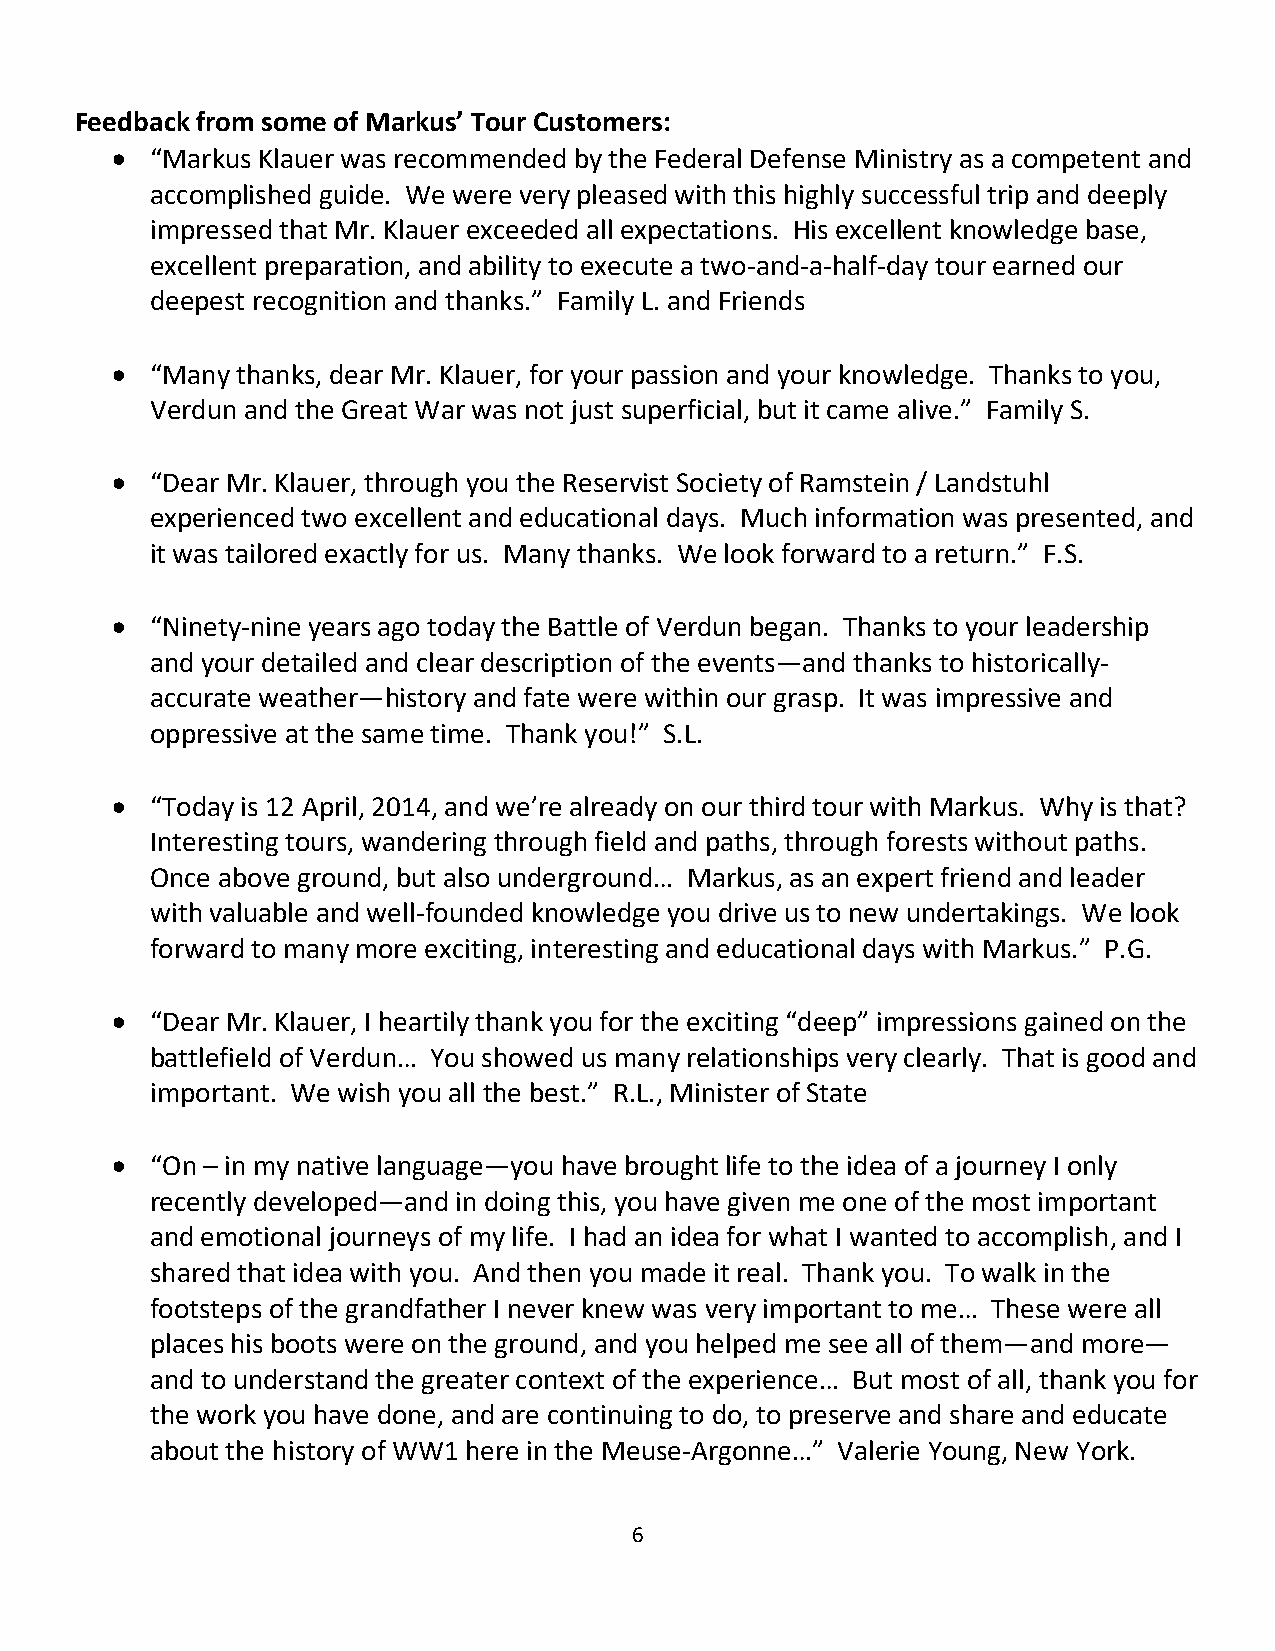
Feedback from some of Markus’ Tour Customers:
 •  “Markus Klauer was recommended by the Federal Defense Ministry as a competent and
 accomplished guide. We were very pleased with this highly successful trip and deeply
 impressed that Mr. Klauer exceeded all expectations. His excellent knowledge base,
 excellent preparation, and ability to execute a two-and-a-half-day tour earned our
 deepest recognition and thanks.” Family L. and Friends
 •  “Many thanks, dear Mr. Klauer, for your passion and your knowledge. Thanks to you,
 Verdun and the Great War was not just superficial, but it came alive.” Family S.
 •  “Dear Mr. Klauer, through you the Reservist Society of Ramstein / Landstuhl
 experienced two excellent and educational days. Much information was presented, and
 it was tailored exactly for us. Many thanks. We look forward to a return.” F.S.
 •  “Ninety-nine years ago today the Battle of Verdun began. Thanks to your leadership
 and your detailed and clear description of the events—and thanks to historically-
 accurate weather—history and fate were within our grasp. It was impressive and
 oppressive at the same time. Thank you!” S.L.
 •  “Today is 12 April, 2014, and we’re already on our third tour with Markus. Why is that?
 Interesting tours, wandering through field and paths, through forests without paths.
 Once above ground, but also underground… Markus, as an expert friend and leader
 with valuable and well-founded knowledge you drive us to new undertakings. We look
 forward to many more exciting, interesting and educational days with Markus.” P.G.
 •  “Dear Mr. Klauer, I heartily thank you for the exciting “deep” impressions gained on the
 battlefield of Verdun… You showed us many relationships very clearly. That is good and
 important. We wish you all the best.” R.L., Minister of State
 •  “On – in my native language—you have brought life to the idea of a journey I only
 recently developed—and in doing this, you have given me one of the most important
 and emotional journeys of my life. I had an idea for what I wanted to accomplish, and I
 shared that idea with you. And then you made it real. Thank you. To walk in the
 footsteps of the grandfather I never knew was very important to me… These were all
 places his boots were on the ground, and you helped me see all of them—and more—
 and to understand the greater context of the experience… But most of all, thank you for
 the work you have done, and are continuing to do, to preserve and share and educate
 about the history of WW1 here in the Meuse-Argonne…” Valerie Young, New York.
 6